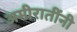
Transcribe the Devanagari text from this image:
अमीरातींनी